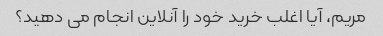
مریم، آیا اغلب خرید خود را آنلاین انجام می دهید؟